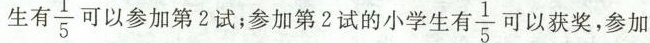
生有$$\frac{1}{5}$$可以参加第2试;参加第2试的小学生有$$\frac{1}{5}$$可以获奖，参加